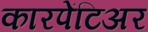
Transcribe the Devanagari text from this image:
कारपेंटिअर